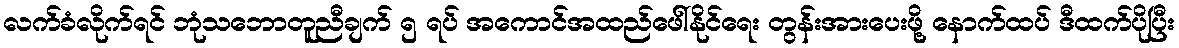
လက်ခံလိုက်ရင် ဘုံသဘောတူညီချက် ၅ ရပ် အကောင်အထည်ဖေါ်နိုင်ရေး တွန်းအားပေးဖို့ နောက်ထပ် ဒီထက်ပိုပြီး